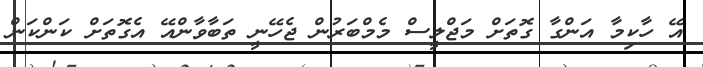
އޭ ހާކިމާ އަންގާ ގޮތަށް މަޖްލީސް މެމްބަރުން ޖެހޭނީ ތަބާވާންއޭ އެގޮތަށް ކަންކަން